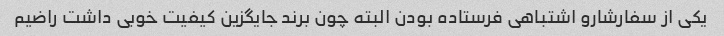
یکی از سفارشارو اشتباهی فرستاده بودن البته چون برند جایگزین کیفیت خوبی داشت راضیم